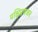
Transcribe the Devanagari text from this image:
पक्षिप्रवजन